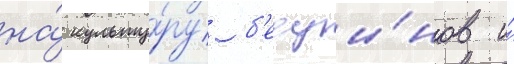
на́ культу́ру б'едуи́нов и́